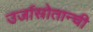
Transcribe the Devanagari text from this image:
उर्जास्रोतान्ची